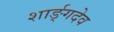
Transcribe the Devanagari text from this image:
शार्ङ्‌गदेव